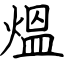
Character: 熅